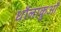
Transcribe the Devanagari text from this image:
धौलाकुआँ